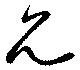
允